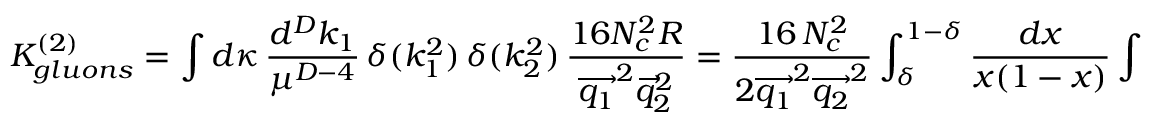
K _ { g l u o n s } ^ { ( 2 ) } = \int d \kappa \, \frac { d ^ { D } k _ { 1 } } { \mu ^ { D - 4 } } \, \delta ( k _ { 1 } ^ { 2 } ) \, \delta ( k _ { 2 } ^ { 2 } ) \, \frac { 1 6 N _ { c } ^ { 2 } R } { \overrightarrow { q _ { 1 } } ^ { 2 } \overrightarrow { q } _ { 2 } ^ { 2 } } = \frac { 1 6 \, N _ { c } ^ { 2 } } { 2 \overrightarrow { q _ { 1 } } ^ { 2 } \overrightarrow { q _ { 2 } } ^ { 2 } } \int _ { \delta } ^ { 1 - \delta } \frac { d x } { x ( 1 - x ) } \int \frac { d ^ { D - 2 } \overrightarrow { k _ { 1 } } } { \mu ^ { D - 4 } } \, R \, .